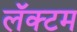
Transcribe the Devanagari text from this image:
लॅक्टम